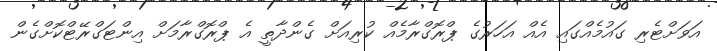
އަވަށްޓެރި ގައުމެއްގައި އެއް އަހަރުގެ ޕްރޮގްރާމެއް ކުރިއަށް ގެންދާތީ އެ ޕްރޮގްރާމަށް އިންޓަގްރޭޓްކޮށްގެން